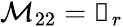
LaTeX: \mathcal{M}_{22}=\mathbb{0}_{r}